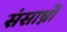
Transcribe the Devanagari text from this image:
संसाध्नों